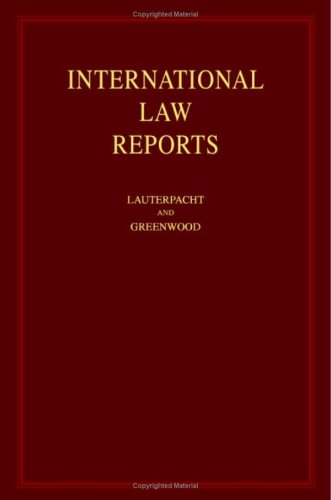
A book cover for International Law Reports (Volume 130); Law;